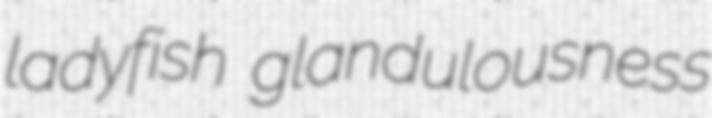
ladyfish glandulousness